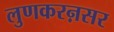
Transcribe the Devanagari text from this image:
लुणकरऩसर